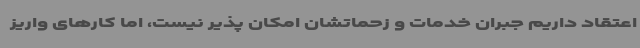
اعتقاد داریم جبران خدمات و زحماتشان امکان پذیر نیست، اما کارهای واریز